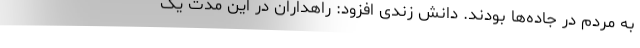
به مردم در جاده‌ها بودند. دانش زندی افزود: راهداران در این مدت یک